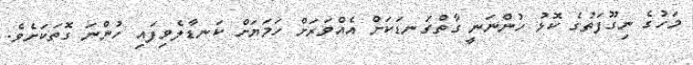
މަހުގެ ނިގޫފަތުގެ ކޮޅު ހުންނަނީ ގާތްގަނޑަކަށް އެއްވަރަށް ހަމަޔަށް ކަނޑާލެވިފައި ހުންނަ ގޮތަކަށެވެ.